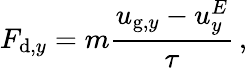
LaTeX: F_{\mathrm{d},y}=m\frac{u_{\mathrm{g},y}-u_{y}^{E}}{\tau}\, ,